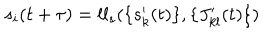
LaTeX: s _ { i } ( t + \tau ) = l l _ { s } ( \{ s _ { k } ^ { \prime } ( t ) \} , \{ J _ { k l } ^ { \prime } ( t ) \} )